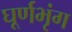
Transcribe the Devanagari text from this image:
घूर्णभृंग